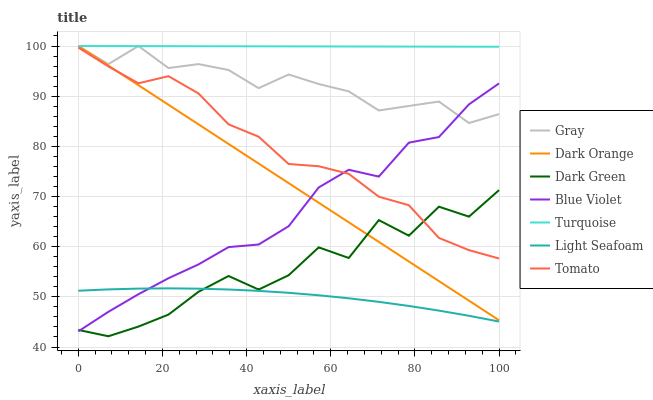
| xaxis_label | Gray | Dark Orange | Dark Green | Blue Violet | Turquoise | Light Seafoam | Tomato |
 | --- | --- | --- | --- | --- | --- | --- | --- |
 | 0 | 100 | 100 | 43.4 | 43.1 | 100 | 51.2 | 99.7 |
 | 7.14 | 96.4 | 96.1 | 42.1 | 47 | 100 | 51.5 | 95.9 |
 | 14.3 | 100 | 92.2 | 44.1 | 50.5 | 100 | 51.6 | 92.6 |
 | 21.4 | 95.6 | 88.3 | 46.5 | 53.7 | 100 | 51.7 | 94 |
 | 28.6 | 96.4 | 84.4 | 51 | 56.5 | 100 | 51.6 | 90.5 |
 | 35.7 | 95.2 | 80.5 | 54.2 | 59.9 | 99.9 | 51.5 | 84.4 |
 | 42.9 | 91.6 | 76.6 | 51.5 | 60.4 | 99.9 | 51.2 | 81.9 |
 | 50 | 94.3 | 72.7 | 54.3 | 64.1 | 99.9 | 50.8 | 76.5 |
 | 57.1 | 92.4 | 68.8 | 59.9 | 71.8 | 99.9 | 50.3 | 76 |
 | 64.3 | 91 | 64.9 | 57.7 | 75.3 | 99.9 | 49.7 | 74.5 |
 | 71.4 | 87.2 | 61 | 65.3 | 74 | 99.9 | 49 | 70 |
 | 78.6 | 88.1 | 57 | 62.2 | 80.7 | 99.9 | 48.2 | 68.3 |
 | 85.7 | 88.9 | 53.1 | 68 | 81.9 | 99.9 | 47.3 | 61.7 |
 | 92.9 | 84.6 | 49.2 | 66 | 88.4 | 99.9 | 46.2 | 59.3 |
 | 100 | 86.4 | 45.3 | 71.3 | 92.5 | 99.9 | 45.1 | 57.6 |